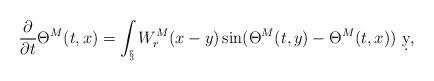
LaTeX: \begin{align*} \frac{\partial}{\partial t}\Theta^M(t,x) = \int_\S W_r^M(x-y) \sin(\Theta^M(t,y)-\Theta^M(t,x))\ \d y,\end{align*}